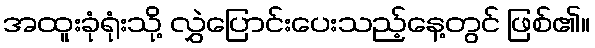
အထူးခုံရုံးသို့ လွှဲပြောင်းပေးသည့်နေ့တွင် ဖြစ်၏။